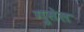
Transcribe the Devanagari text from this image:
गुसेल